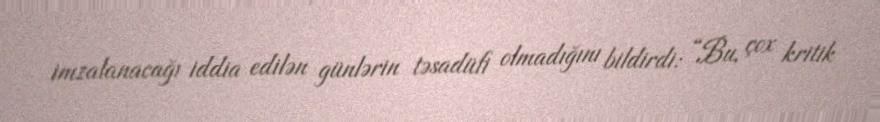
imzalanacağı iddia edilən günlərin təsadüfi olmadığını bildirdi: “Bu, çox kritik